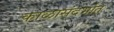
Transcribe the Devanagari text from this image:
काळासंदर्भात